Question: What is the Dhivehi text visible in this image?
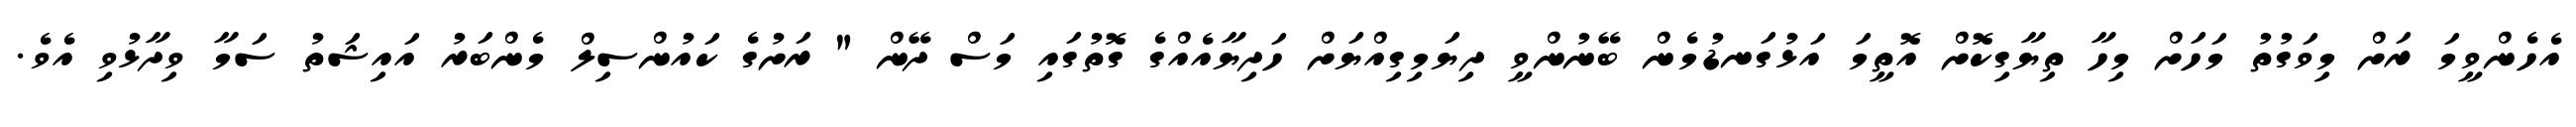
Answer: އެހެންވީމަ ރަށް މިވަގުތު މަހަށް މިހާ ތިޔާގިކޮށް އޮތީމަ އަޅުގަނޑުމެން ބޭނުންވީ ދިޔަމިގިއްޔަށް ހަދިޔާއެއްގެ ގޮތުގައި މަސް ދޭން " ރަށުގެ ކައުންސިލް މެންބަރު އައިޝަތު ސަމާ ވިދާޅުވި އެވެ.